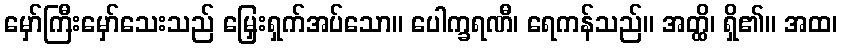
မှော်ကြီးမှော်သေးသည် မြှေးရှက်အပ်သော။ ပေါက္ခရဏီ၊ ရေကန်သည်။ အတ္ထိ၊ ရှိ၏။ အထ၊